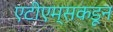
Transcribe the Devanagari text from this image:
एटीएम्सकडून